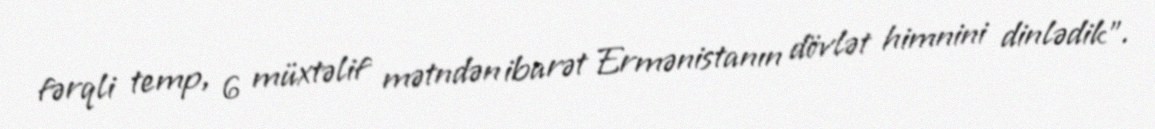
fərqli temp, 6 müxtəlif mətndən ibarət Ermənistanın dövlət himnini dinlədik”.